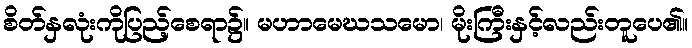
စိတ်နှလုံးကိုပြည့်စေရာ၌။ မဟာမေဃသမော၊ မိုးကြီးနှင့်လည်းတူပေ၏။